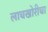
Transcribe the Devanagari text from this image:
लाचखोरीचा